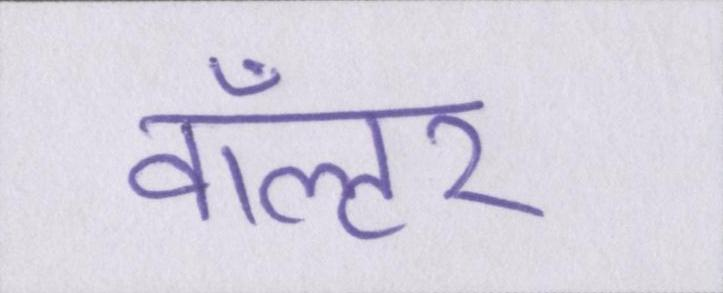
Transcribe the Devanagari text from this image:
वॉल्टर